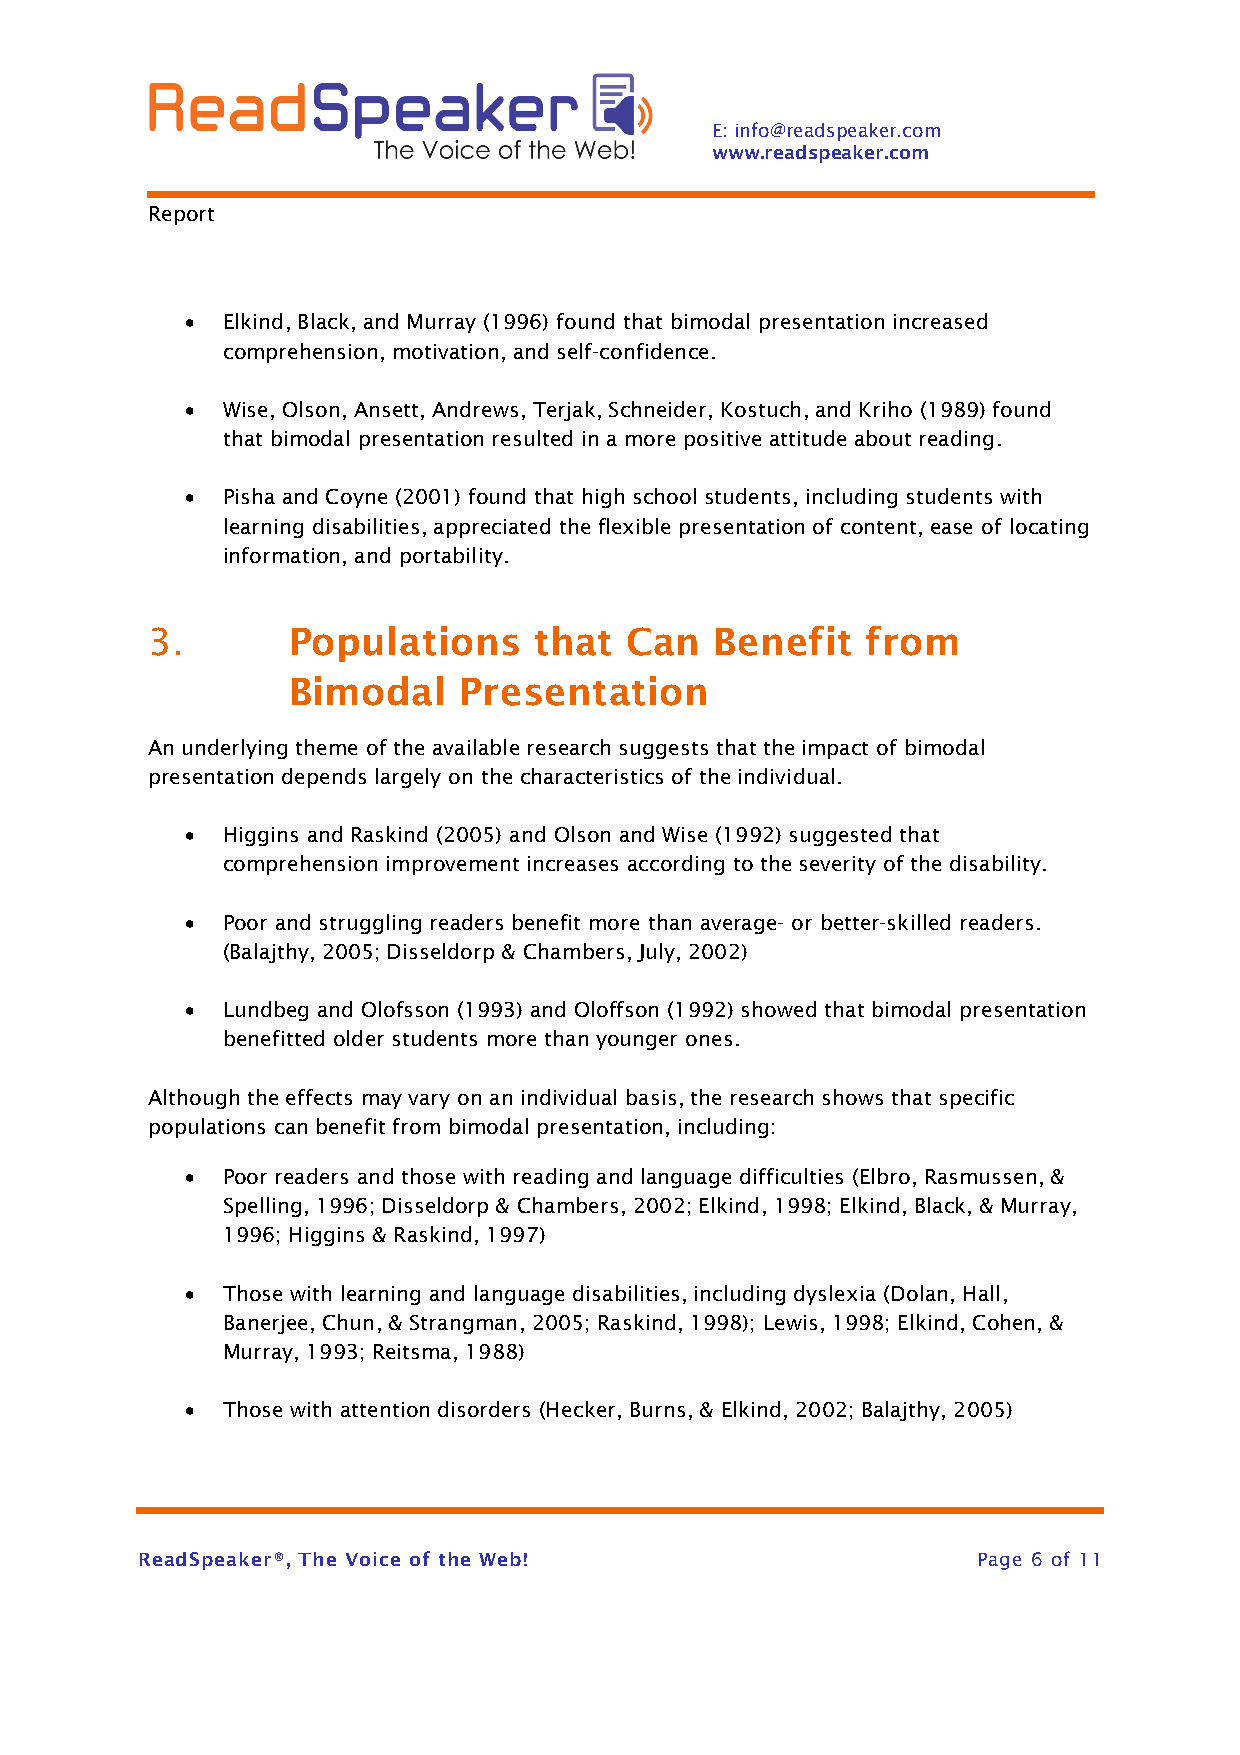
E: info@readspeaker.com
 www.readspeaker.com
 Report
 •  Elkind, Black, and Murray (1996) found that bimodal presentation increased
 comprehension, motivation, and self-confidence.
 •  Wise, Olson, Ansett, Andrews, Terjak, Schneider, Kostuch, and Kriho (1989) found
 that bimodal presentation resulted in a more positive attitude about reading.
 •  Pisha and Coyne (2001) found that high school students, including students with
 learning disabilities, appreciated the flexible presentation of content, ease of locating
 information, and portability.
 3.       Populations     that  Can   Benefit   from
 Bimodal    Presentation
 An underlying theme of the available research suggests that the impact of bimodal
 presentation depends largely on the characteristics of the individual.
 •  Higgins and Raskind (2005) and Olson and Wise (1992) suggested that
 comprehension improvement increases according to the severity of the disability.
 •  Poor and struggling readers benefit more than average- or better-skilled readers.
 (Balajthy, 2005; Disseldorp & Chambers, July, 2002)
 •  Lundbeg and Olofsson (1993) and Oloffson (1992) showed that bimodal presentation
 benefitted older students more than younger ones.
 Although the effects may vary on an individual basis, the research shows that specific
 populations can benefit from bimodal presentation, including:
 •  Poor readers and those with reading and language difficulties (Elbro, Rasmussen, &
 Spelling, 1996; Disseldorp & Chambers, 2002; Elkind, 1998; Elkind, Black, & Murray,
 1996; Higgins & Raskind, 1997)
 •  Those with learning and language disabilities, including dyslexia (Dolan, Hall,
 Banerjee, Chun, & Strangman, 2005; Raskind, 1998); Lewis, 1998; Elkind, Cohen, &
 Murray, 1993; Reitsma, 1988)
 •  Those with attention disorders (Hecker, Burns, & Elkind, 2002; Balajthy, 2005)
 ReadSpeaker®, The Voice of the Web!                     Page 6 of 11